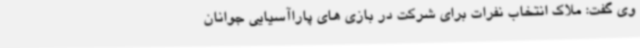
وی گفت: ملاک انتخاب نفرات برای شرکت در بازی های پاراآسیایی جوانان